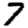
Digit: 7